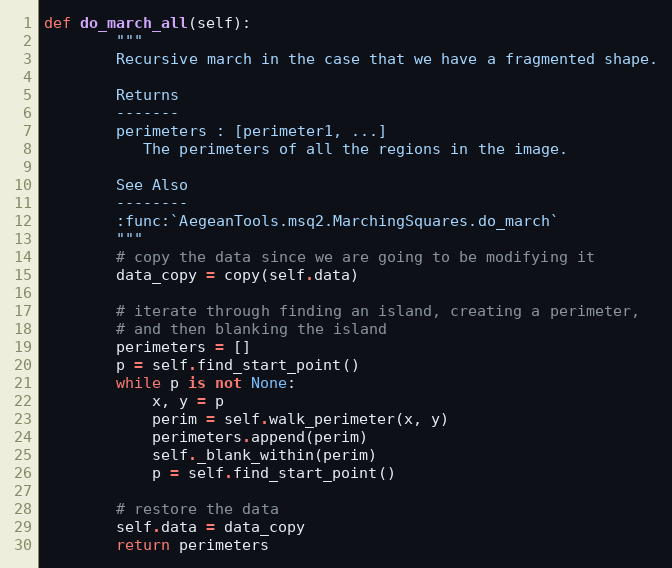
Language: Python
def do_march_all(self):
        """
        Recursive march in the case that we have a fragmented shape.

        Returns
        -------
        perimeters : [perimeter1, ...]
           The perimeters of all the regions in the image.

        See Also
        --------
        :func:`AegeanTools.msq2.MarchingSquares.do_march`
        """
        # copy the data since we are going to be modifying it
        data_copy = copy(self.data)

        # iterate through finding an island, creating a perimeter,
        # and then blanking the island
        perimeters = []
        p = self.find_start_point()
        while p is not None:
            x, y = p
            perim = self.walk_perimeter(x, y)
            perimeters.append(perim)
            self._blank_within(perim)
            p = self.find_start_point()

        # restore the data
        self.data = data_copy
        return perimeters